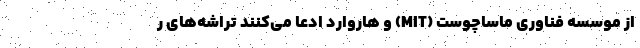
از موسسه فناوری ماساچوست (MIT) و هاروارد ادعا می‌کنند تراشه‌های ر